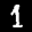
Label: 1